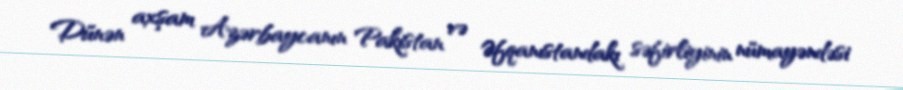
Dünən axşam Azərbaycanın Pakistan və Əfqanıstandakı səfirliyinin nümayəndəsi